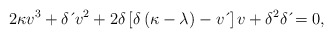
\begin{align*}2\kappa v^{3}+\delta \,\acute{}\,v^{2}+2\delta \left[ \delta \left( \kappa-\lambda \right) -v\,\acute{}\, \right] v+\delta^{2}\delta \,\acute{}=0, \end{align*}